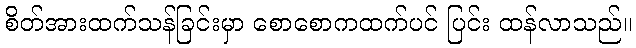
စိတ်အားထက်သန်ခြင်းမှာ စောစောကထက်ပင် ပြင်း ထန်လာသည်။